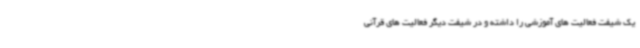
یک شیفت فعالیت های آموزشی را داشته و در شیفت دیگر فعالیت های قرآنی